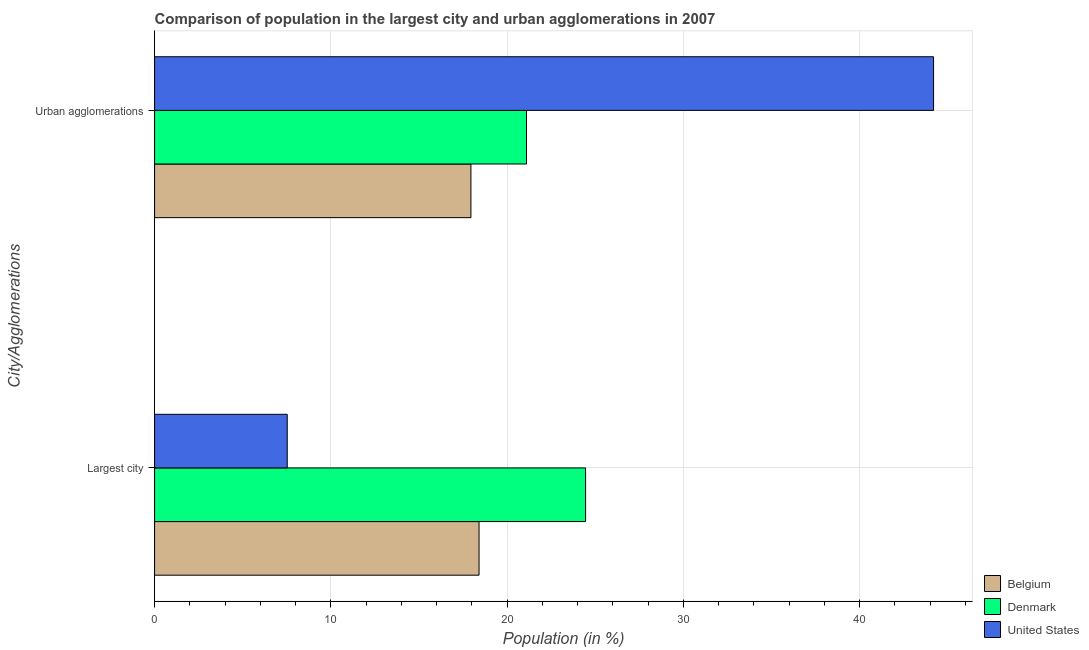
| City/Agglomerations | Belgium | Denmark | United States |
 | --- | --- | --- | --- |
 | Largest city | 18.4 | 24.5 | 7.53 |
 | Urban agglomerations | 17.9 | 21.1 | 44.2 |